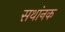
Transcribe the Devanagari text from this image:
सथांनक